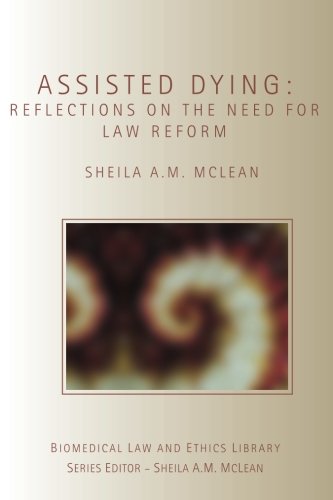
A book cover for Assisted Dying: Reflections on the Need for Law Reform (Biomedical Law and Ethics Library); Sheila McLean; Law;